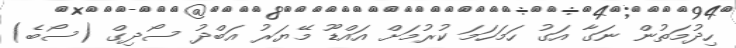
ހިދުމަތުން ނަގާ އަގު ހަމަހަމަ ކުރުމަށް އައްޑޫ މޭޔަރު އަބްދު ސޯދިގް (ސޯބެ)